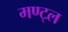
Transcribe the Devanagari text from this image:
मण्ट्ल